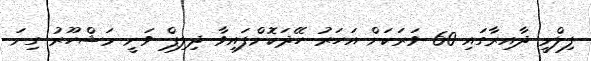
ފިލްމީ ދާއިރާގައި 60 ވަރަކަށް އަހަރު ހޭދަކޮށްފައިވާ ދިލިޕް ވަނީ މަޝްހޫރު ގިނަ